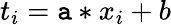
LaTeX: t_{i}=\mathtt{a}*x_{i}+b